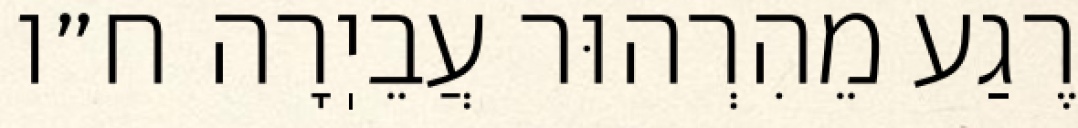
רֶגַע מֵהִרְהוּר עֲבֵיֽרָה ח״ו